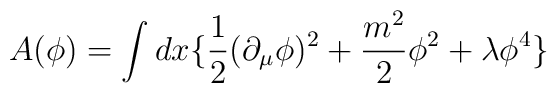
A(\phi) = \int dx \{\frac{1}{2} (\partial_{\mu}\phi)^2 +\frac{m^2}{2} \phi^2 + \lambda\phi^4\}